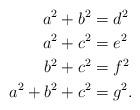
LaTeX: \begin{align*}a^{2}+b^{2} & =d^{2}\\a^{2}+c^{2} & =e^{2}\\b^{2}+c^{2} & =f^{2}\\a^{2}+b^{2}+c^{2} & =g^{2}.\end{align*}